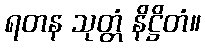
ရတန သုတ္တံ နိဋ္ဌိတံ။